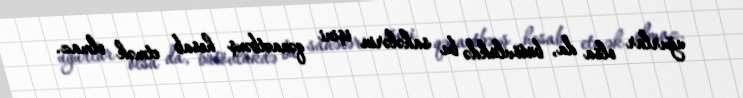
uğurlar olsa da, bütövlükdə bu sahələrin işini qənaətbəxş hesab etmək olmaz.